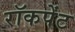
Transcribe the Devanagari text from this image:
रॉकपेंट